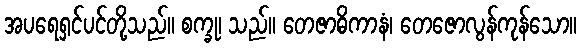
အပရေရှင်ပင်တို့သည်။ စက္ခု၊ သည်။ တေဇာဓိကာနံ၊ တေဇောလွန်ကုန်သော။